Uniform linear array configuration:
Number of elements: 16
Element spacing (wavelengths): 0.75
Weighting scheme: uniform
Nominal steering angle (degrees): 45
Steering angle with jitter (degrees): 46.54
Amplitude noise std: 0.05
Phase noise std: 0.05

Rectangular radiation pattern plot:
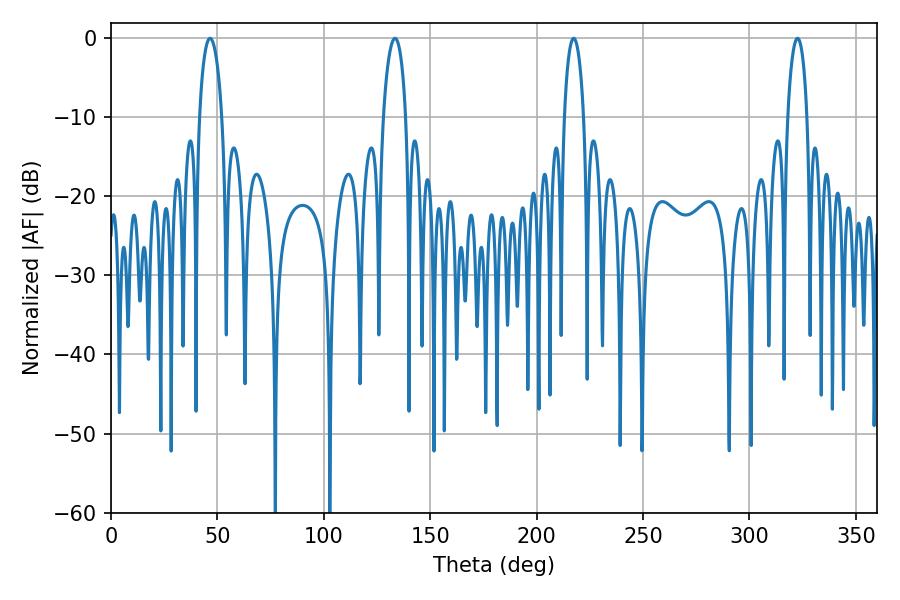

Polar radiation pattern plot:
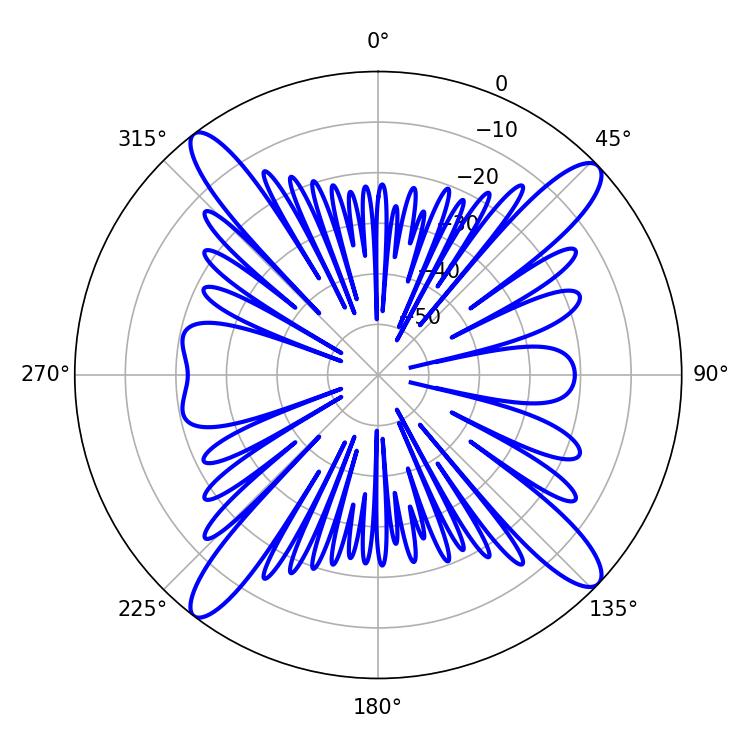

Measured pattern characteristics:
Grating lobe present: TRUE
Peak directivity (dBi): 16.377
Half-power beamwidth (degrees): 5.04
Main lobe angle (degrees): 217.44